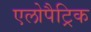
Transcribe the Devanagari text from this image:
एलोपैट्रिक